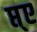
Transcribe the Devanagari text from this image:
प्त्ए